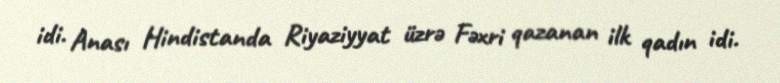
idi. Anası Hindistanda Riyaziyyat üzrə Fəxri qazanan ilk qadın idi.